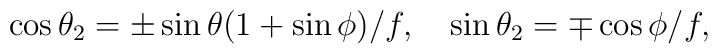
\cos{\theta_2}=\pm\sin{\theta}(1+\sin{\phi})/f,   \quad \sin{\theta_2}=\mp\cos{\phi}/f,